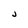
Character: j